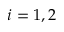
i = 1 , 2